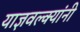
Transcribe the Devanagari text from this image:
याज्ञवल्क्यांनी